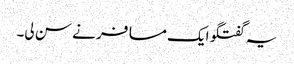
یہ گفتگو ایک مسافر نے سن لی۔